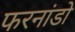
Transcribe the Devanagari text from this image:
फरनांडो